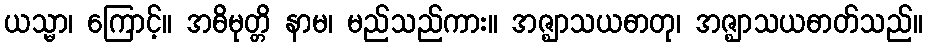
ယသ္မာ၊ ကြောင့်။ အဓိမုတ္တိ နာမ၊ မည်သည်ကား။ အဇ္ဈာသယဓာတု၊ အဇ္ဈာသယဓာတ်သည်။